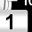
Digit: 1